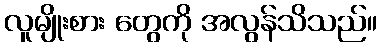
လူမျိုးစား တွေကို အလွန်သိသည်။